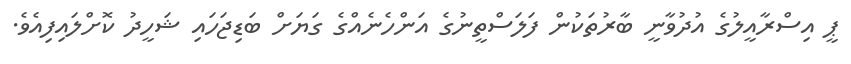
ޕީ އިސްރާއީލުގެ އުދުވާނީ ބާރުތަކުން ފަލަސްތީނުގެ އަންހެނެއްގެ ގަޔަށް ބަޑިޖަހައި ޝަހީދު ކޮށްލައިފިއެވެ.